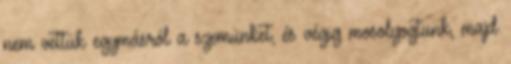
nem vettük egymásról a szemünket, és végig mosolyogtunk, majd